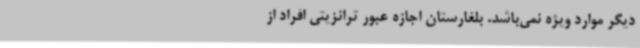
دیگر موارد ویژه نمی‌باشد. بلغارستان اجازه عبور ترانزیتی افراد از